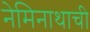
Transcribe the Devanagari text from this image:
नेमिनाथाची